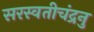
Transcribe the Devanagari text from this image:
सरस्वतीचंद्रनु